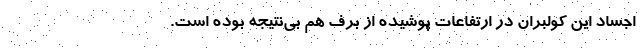
اجساد اين كولبران در ارتفاعات پوشيده از برف هم بي‌نتيجه بوده است.